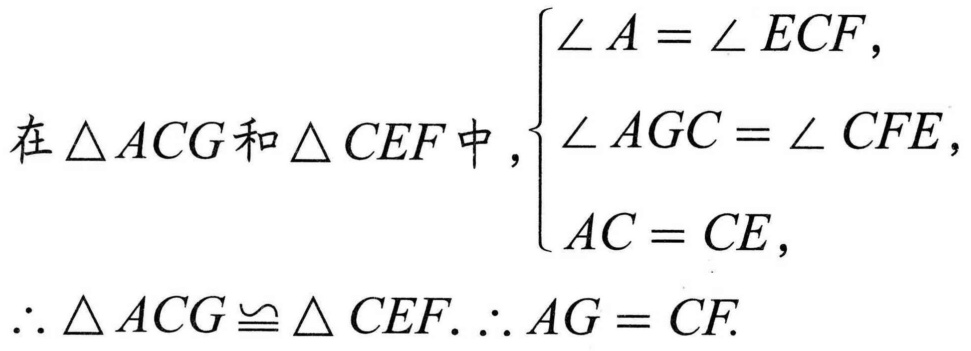
在$\triangle ACG$和$\triangle CEF$中，$\begin{cases}
\angle A = \angle ECF,\\
\angle AGC = \angle CFE,\\
AC = CE,
\end{cases}$
$\therefore \triangle ACG\cong\triangle CEF.\ \therefore AG = CF.$